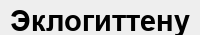
Эклогиттену